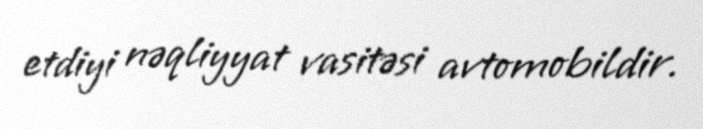
etdiyi nəqliyyat vasitəsi avtomobildir.